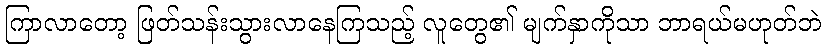
ကြာလာတော့ ဖြတ်သန်းသွားလာနေကြသည့် လူတွေ၏ မျက်နှာကိုသာ ဘာရယ်မဟုတ်ဘဲ